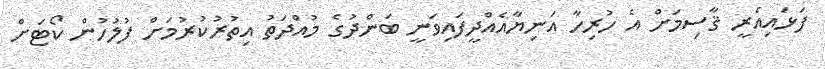
ފަޅައިއެރީ ޤާސިމަށް އެ ހުރިހާ އަނިޔާއެއްދީފައިވަނީ ބަންދުގެ މުއްދަތު އިތުރުކުރުމަށް ފުލުހުން ކޯޓަށް